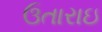
ઉતારાઇ